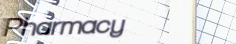
Pharmacy